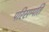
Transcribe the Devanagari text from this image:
परिसम्पति